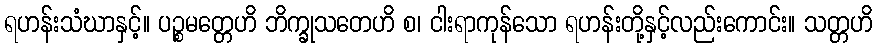
ရဟန်းသံဃာနှင့်။ ပဉ္စမတ္တေဟိ ဘိက္ခုသတေဟိ စ၊ ငါးရာကုန်သော ရဟန်းတို့နှင့်လည်းကောင်း။ သတ္တဟိ